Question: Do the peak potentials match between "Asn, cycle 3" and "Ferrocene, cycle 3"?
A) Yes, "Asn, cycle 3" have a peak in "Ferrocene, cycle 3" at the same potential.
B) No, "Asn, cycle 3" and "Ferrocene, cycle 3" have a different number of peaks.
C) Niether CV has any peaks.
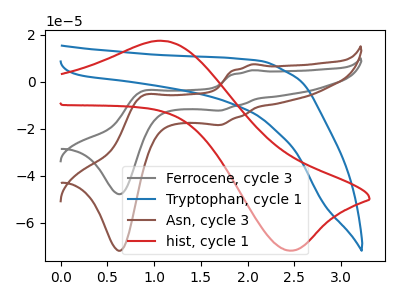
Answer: <think>The gray curve "Ferrocene, cycle 3" has anodic peaks at (2.05V, 5.00uA) (0.85V, -3.95uA) and cathodic peaks at (1.70V, -12.20uA) (0.65V, -47.80uA). The blue curve "Tryptophan, cycle 1" has no peaks. The brown curve "Asn, cycle 3" has anodic peaks at (2.05V, 7.50uA) (0.85V, -5.95uA) and cathodic peaks at (1.70V, -18.35uA) (0.65V, -71.90uA). The red curve "hist, cycle 1" has an anodic peak at (1.10V, 17.45uA) and a cathodic peak at (2.50V, -71.80uA).</think>
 <answer>A) Yes, "Asn, cycle 3" have a peak in "Ferrocene, cycle 3" at the same potential.</answer>
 <eval>A</eval>